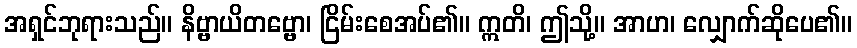
အရှင်ဘုရားသည်။ နိဗ္ဗာယိတဗ္ဗော၊ ငြိမ်းစေအပ်၏။ ဣတိ၊ ဤသို့။ အာဟ၊ လျှောက်ဆိုပေ၏။